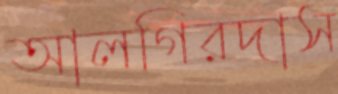
আলগিরদাস